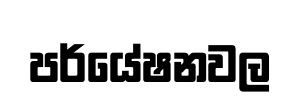
පර්යේෂනවල